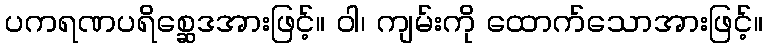
ပကရဏပရိစ္ဆေဒအားဖြင့်။ ဝါ၊ ကျမ်းကို ထောက်သောအားဖြင့်။